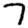
Digit: 7